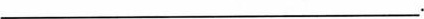
___.